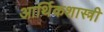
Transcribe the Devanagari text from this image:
आर्थिकशास्त्री